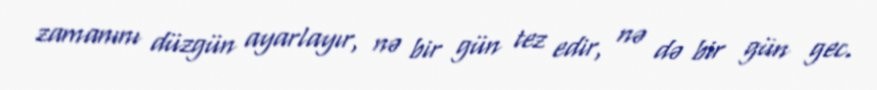
zamanını düzgün ayarlayır, nə bir gün tez edir, nə də bir gün gec.